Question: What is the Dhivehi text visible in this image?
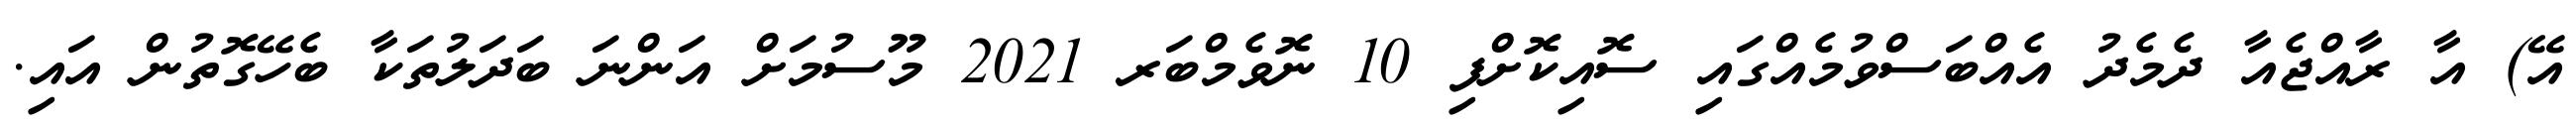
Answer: އޭ) އާ ރާއްޖެއާ ދެމެދު އެއްބަސްވުމެއްގައި ސޮއިކޮށްފި 10 ނޮވެމްބަރ 2021 މޫސުމަށް އަންނަ ބަދަލުތަކާ ބެހޭގޮތުން އައި.